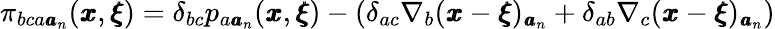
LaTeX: \pi_{bca{\pmb a}_{n}}({\pmb x},{\pmb\xi})=\delta_{bc}p_{a{\pmb a}_{n}}({\pmb x},{\pmb\xi})-\left(\delta_{ac}\nabla_{b}({\pmb x}-{\pmb\xi})_{{\pmb a}_{n}}+\delta_{ab}\nabla_{c}({\pmb x}-{\pmb\xi})_{{\pmb a}_{n}}\right)